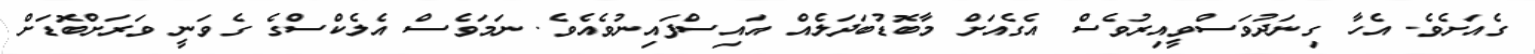
ގެއަށެވެ. އެހާ ގިނަދުވަސްވީއިރުވެސް އެގެއަށް މާބޮޑުބަދަލެއް އައިސްފައިނުވެއެވެ. ނަމަވެސް އެލެކްސްގެ ގެވަނީ ވަރަށްބޮޑަށް